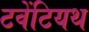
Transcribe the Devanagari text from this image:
टवेंटियथ